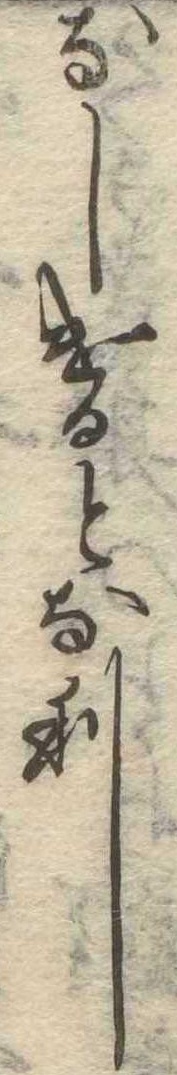
なしけるとなり